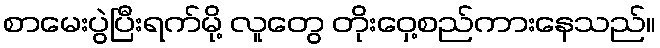
စာမေးပွဲပြီးရက်မို့ လူတွေ တိုးဝှေ့စည်ကားနေသည်။